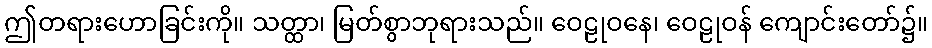
ဤတရားဟောခြင်းကို။ သတ္ထာ၊ မြတ်စွာဘုရားသည်။ ဝေဠုဝနေ၊ ဝေဠုဝန် ကျောင်းတော်၌။